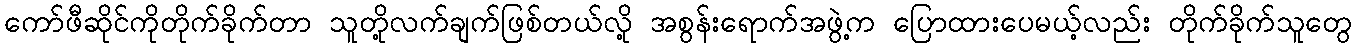
ကော်ဖီဆိုင်ကိုတိုက်ခိုက်တာ သူတို့လက်ချက်ဖြစ်တယ်လို့ အစွန်းရောက်အဖွဲ့က ပြောထားပေမယ့်လည်း တိုက်ခိုက်သူတွေ